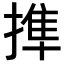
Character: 𢲜